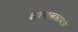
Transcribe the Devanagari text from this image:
दशसहस्त्रकांमध्ये